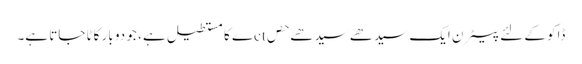
ڈاکو کے لئے پیٹرن ایک سیدھے سیدھے حصctے کا مستطیل ہے ، جو دو بار کاٹا جاتا ہے۔